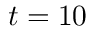
t = 1 0